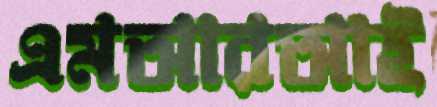
এমআরআই